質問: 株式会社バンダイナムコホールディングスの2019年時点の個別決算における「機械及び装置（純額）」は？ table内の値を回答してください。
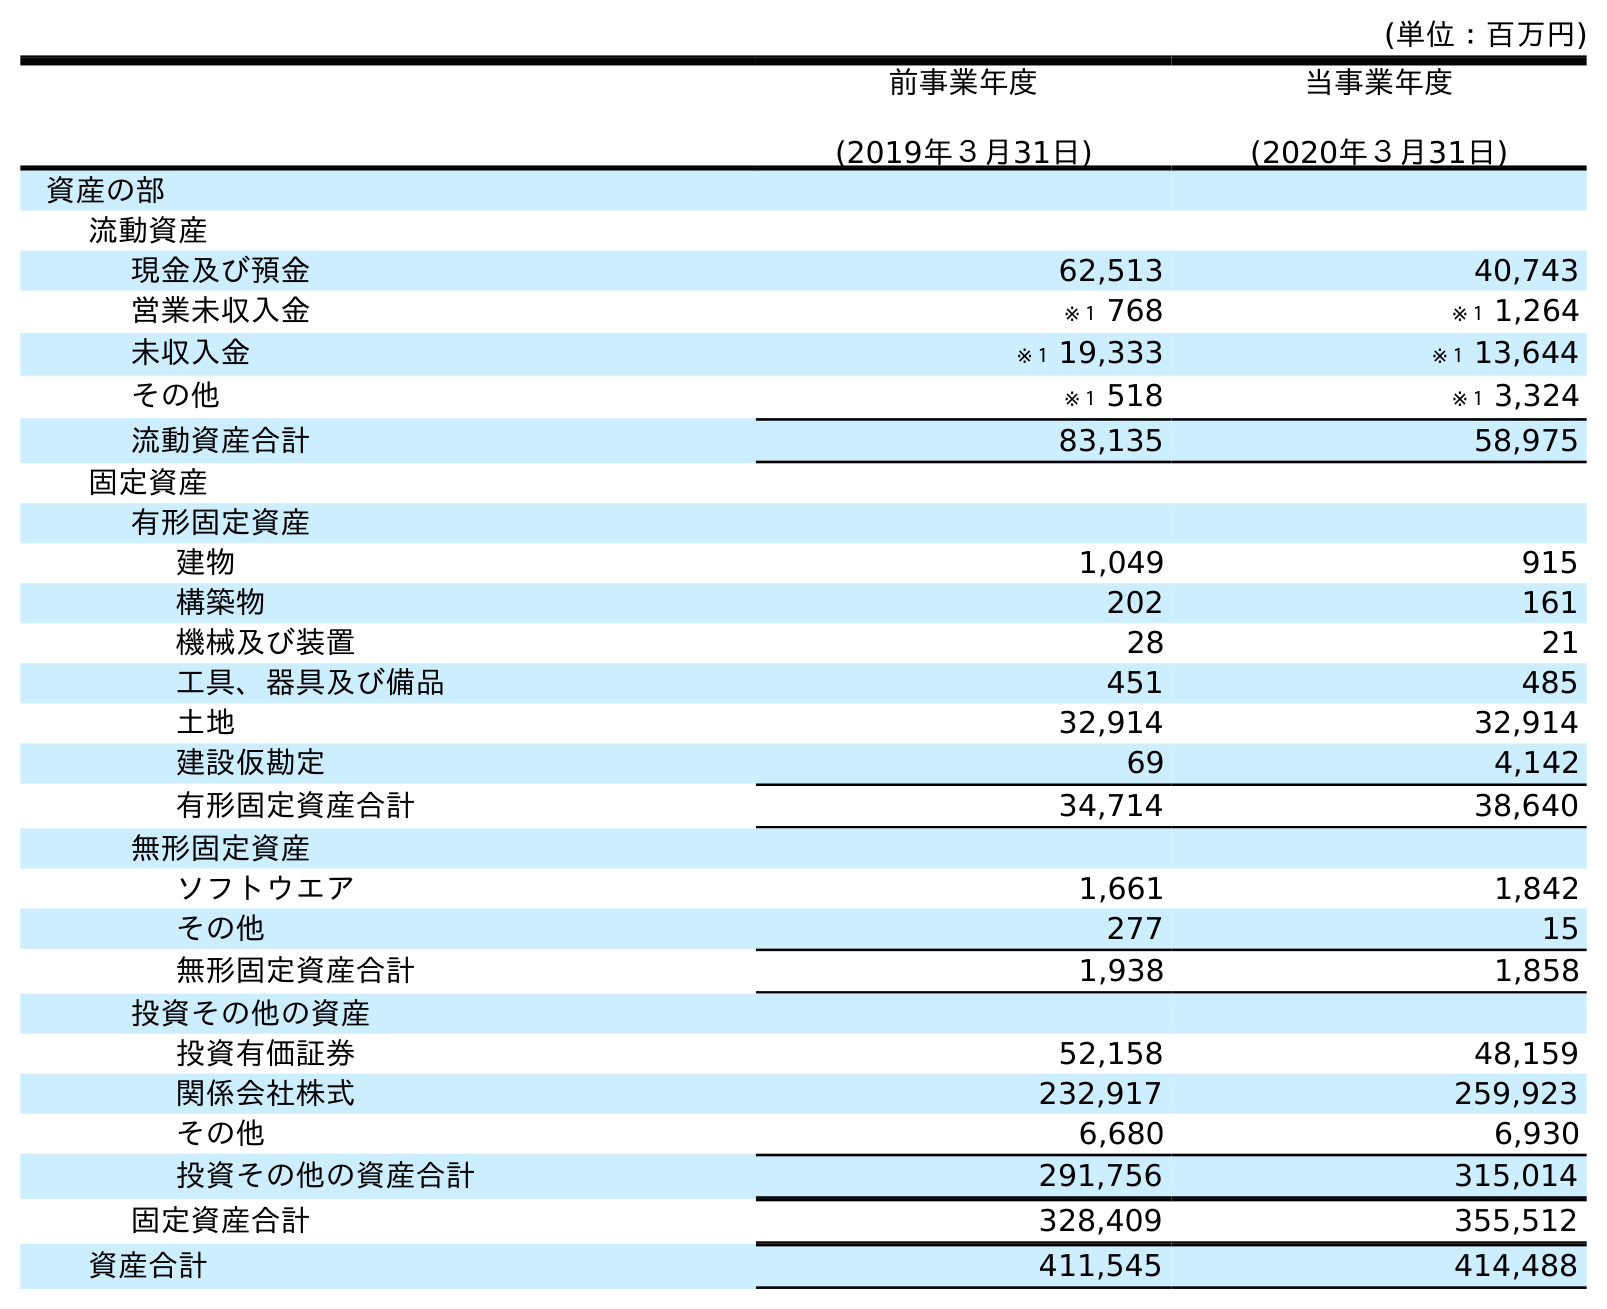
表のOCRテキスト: (単位：百万円) 前事業年度 (2019年３月31日) 当事業年度 (2020年３月31日) 資産の部 流動資産 現金及び預金 62,513 40,743 営業未収入金 ※１ 768 ※１ 1,264 未収入金 ※１ 19,333 ※１ 13,644 その他 ※１ 518 ※１ 3,324 流動資産合計 83,135 58,975 固定資産 有形固定資産 建物 1,049 915 構築物 202 161 機械及び装置 28 21 工具、器具及び備品 451 485 土地 32,914 32,914 建設仮勘定 69 4,142 有形固定資産合計 34,714 38,640 無形固定資産 ソフトウエア 1,661 1,842 その他 277 15 無形固定資産合計 1,938 1,858 投資その他の資産 投資有価証券 52,158 48,159 関係会社株式 232,917 259,923 その他 6,680 6,930 投資その他の資産合計 291,756 315,014 固定資産合計 328,409 355,512 資産合計 411,545 414,488
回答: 28